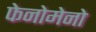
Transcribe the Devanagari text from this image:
फेनोमेनो